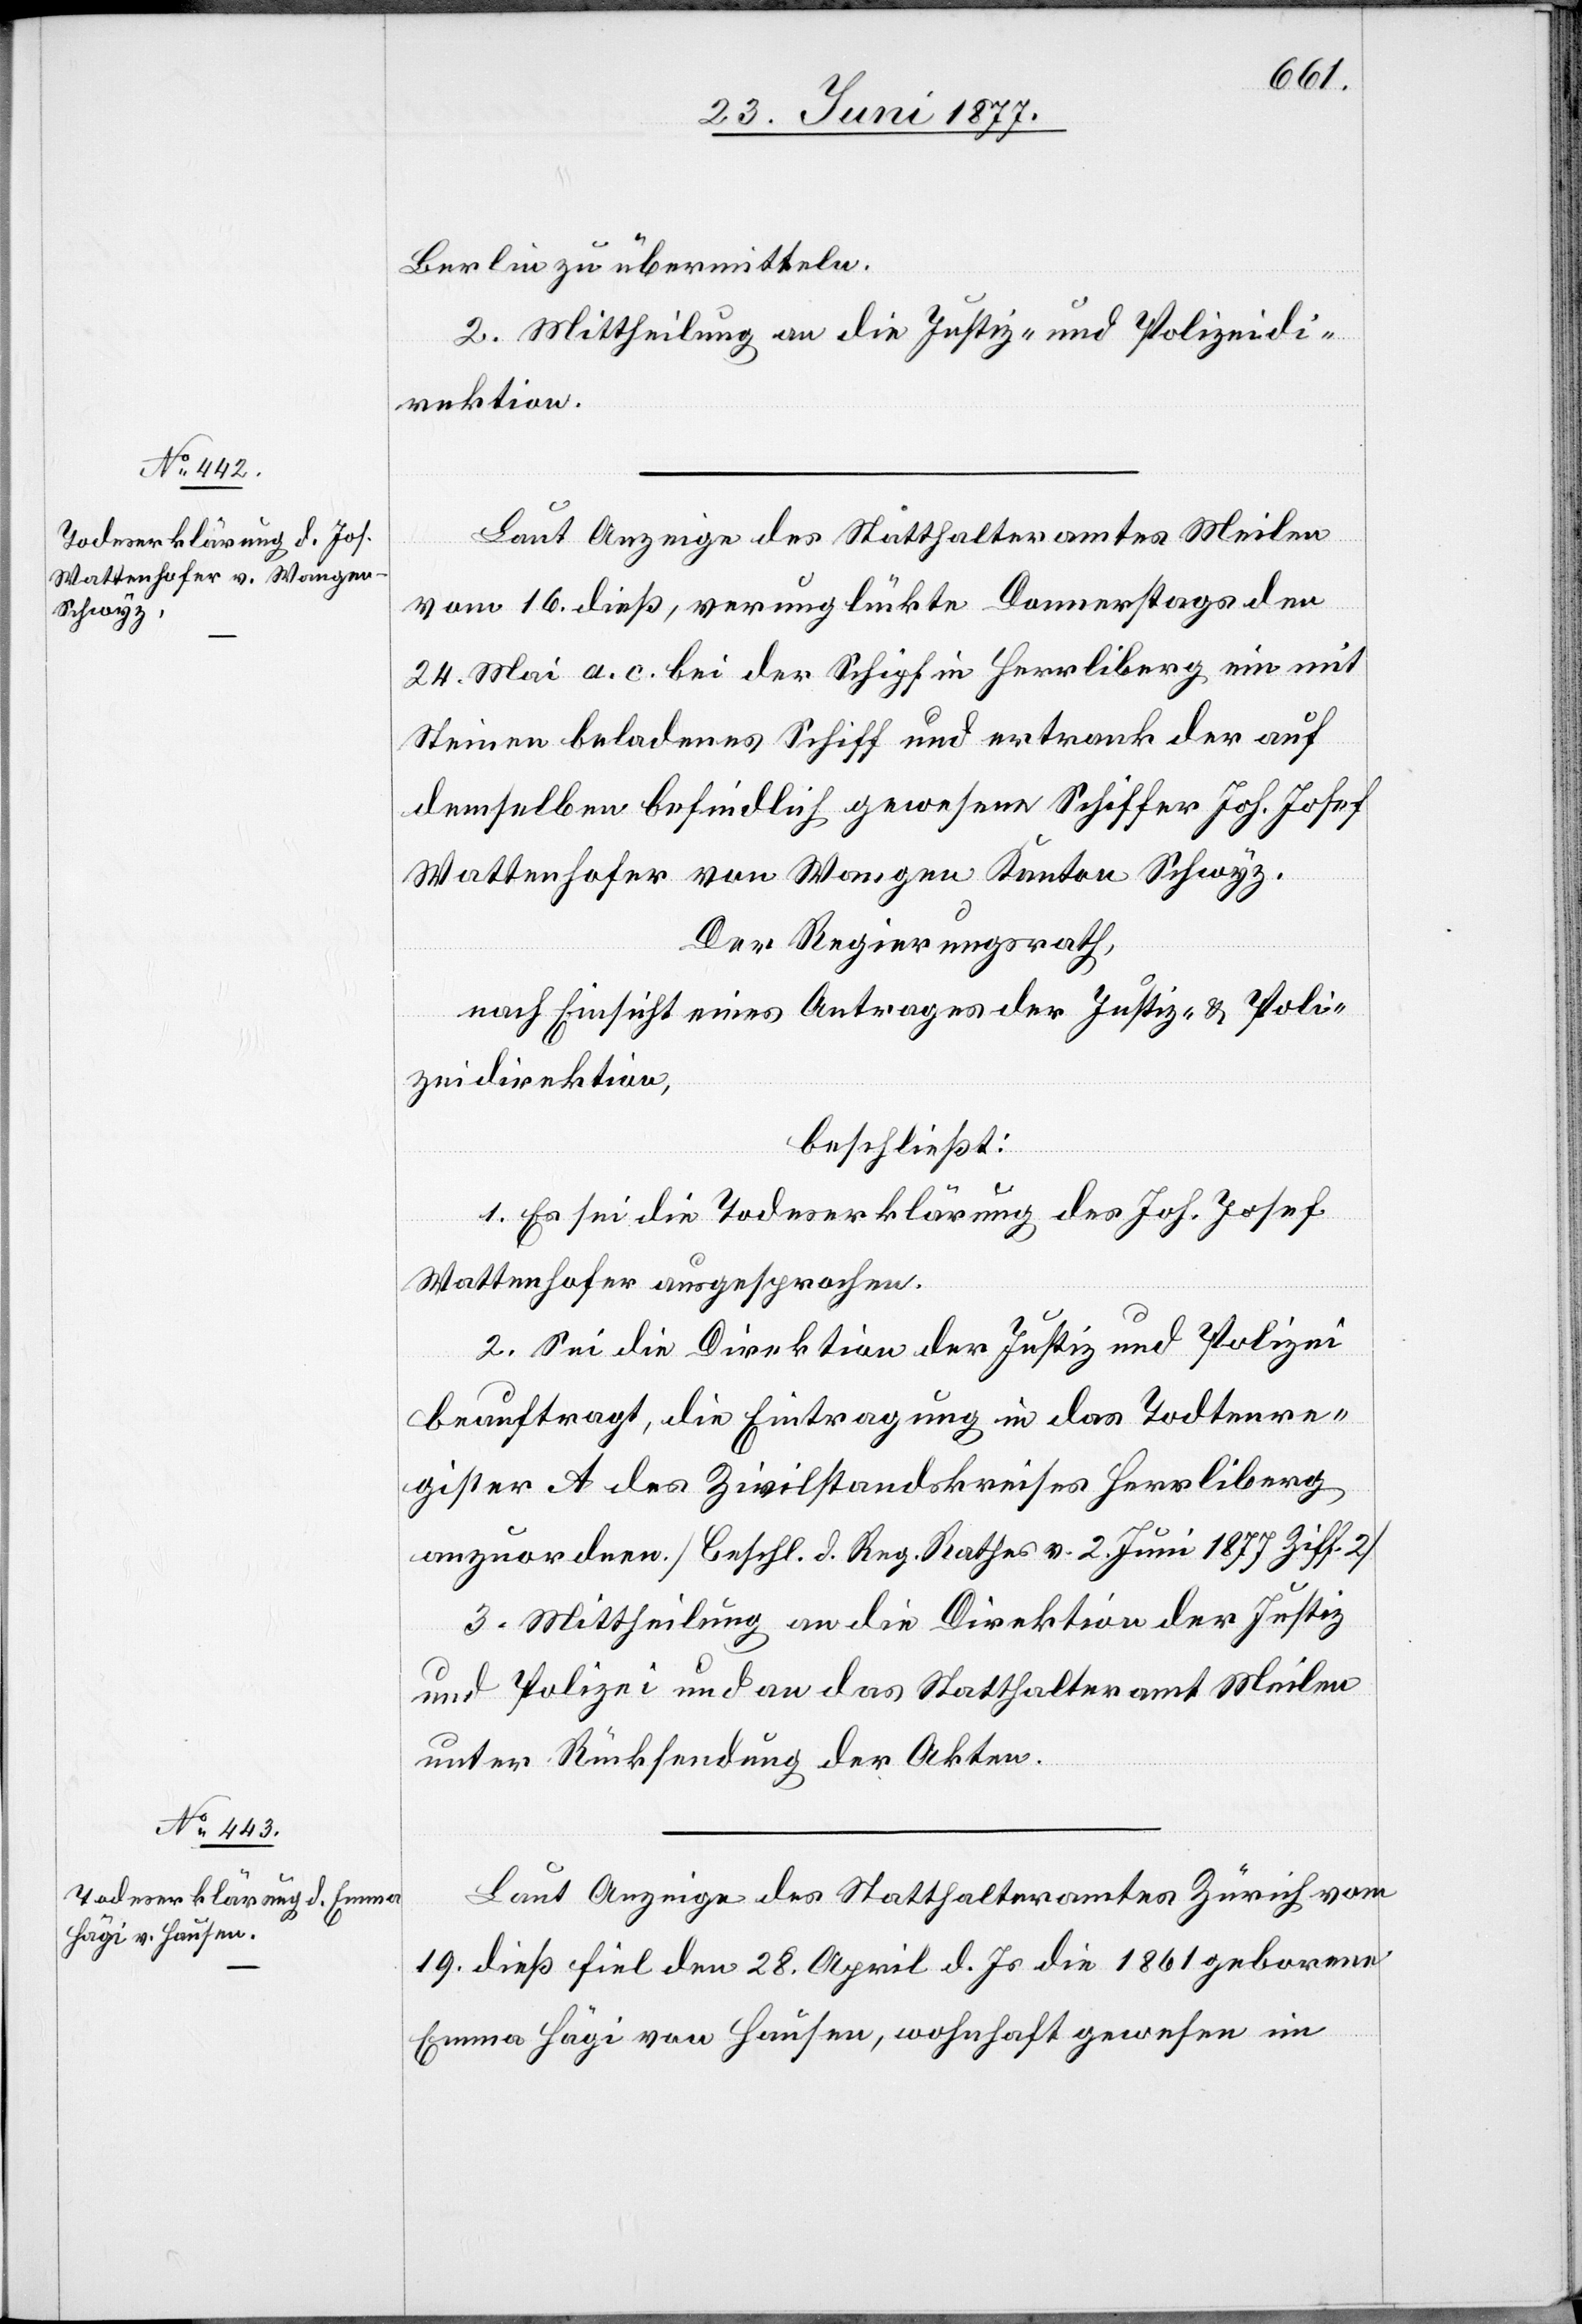
Berlin zu übermitteln.
2. Mittheilung an die Justiz- und Polizeidi¬
rektion.
Laut Anzeige des Statthalteramtes Meilen
vom 16. dieß, verunglückte Donnerstags den
24. Mai a. c. bei der Schipf in Herrliberg ein mit
Steinen beladenes Schiff und ertrank der auf
demselben befindlich gewesene Schiffer Joh. Josef
Wattenhofer von Wangen Kanton Schwyz.
Der Regierungsrath,
nach Einsicht eines Antrages der Justiz- & Poli¬
zeidirektion,
beschließt:
1. Es sei die Todeserklärung des Joh. Josef
Wattenhofer ausgesprochen.
2. Sei die Direktion der Justiz und Polizei
beauftragt, die Eintragung in das Todtenre¬
gister A des Zivilstandskreises Herrliberg
anzuordnen. [Beschl. d. Reg. Rathes v. 2. Juni 1877 Ziff. 2].
3. Mittheilung an die Direktion der Justiz
und Polizei und an das Statthalteramt Meilen
unter Rücksendung der Akten.
Laut Anzeige des Statthalteramtes Zürich vom
19. dieß fiel den 28. April d. Js. die 1861 geborene
Emma Hägi von Hausen, wohnhaft gewesen in